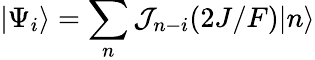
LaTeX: |\Psi_{i}\rangle=\sum_{n}\mathcal{J}_{n-i}(2J/F)|n\rangle